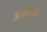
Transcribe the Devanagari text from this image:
अभिमर्त्ता